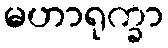
မဟာရုက္ခာ